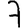
Digit: 7